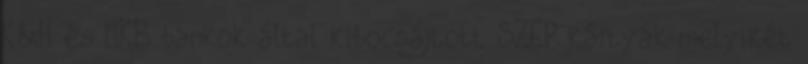
K&H és MKB bankok által kibocsájtott SZÉP kártyák melyikét